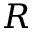
R